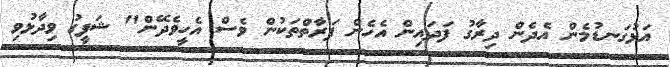
އަޅުގަނޑުމެން އެދެން ދިރާގު ފަދައިން އެހެން ފަރާތްތަކުން ވެސް އެހީވެދޭން" ޝަފީގު ވިދާޅުވި